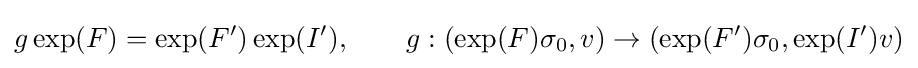
g\exp(F)=\exp(F')\exp(I'),\qquad g:(\exp(F)\sigma _{0},v)\to (\exp(F')\sigma _{0},\exp(I')v)